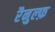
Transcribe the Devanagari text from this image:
रैनुल्फ़